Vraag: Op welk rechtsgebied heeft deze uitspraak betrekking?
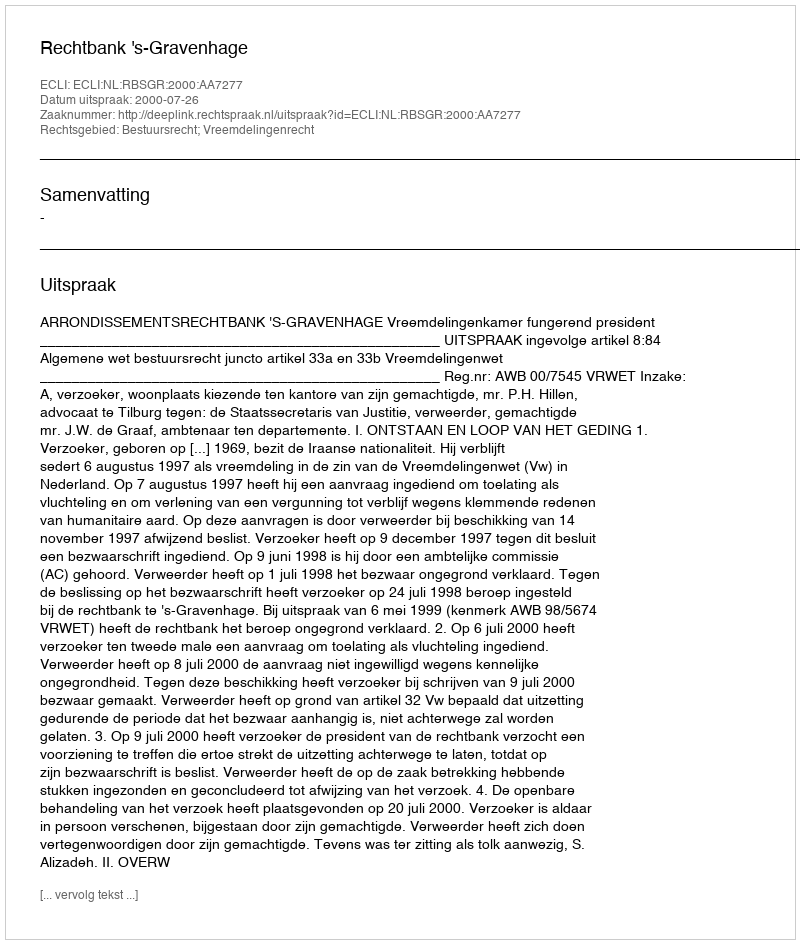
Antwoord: Bestuursrecht; Vreemdelingenrecht